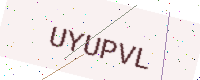
Text: UYUPVL